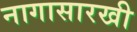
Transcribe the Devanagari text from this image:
नागासारखी